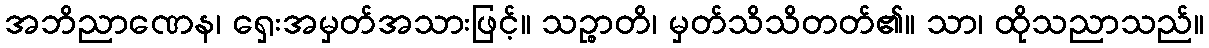
အဘိညာဏေန၊ ရှေးအမှတ်အသားဖြင့်။ သဉ္စာတိ၊ မှတ်သိသိတတ်၏။ သာ၊ ထိုသညာသည်။